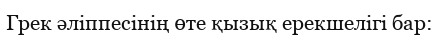
Грек әліппесінің өте қызық ерекшелігі бар: